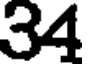
34